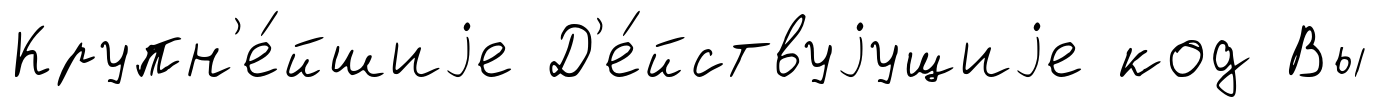
Крупн'е́йшиjе Д'е́йствуjущиjе код Вы